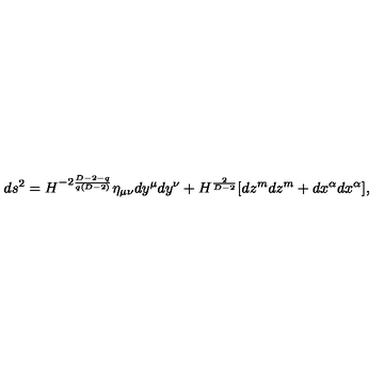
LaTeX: d s ^ { 2 } = H ^ { - 2 \frac { D - 2 - q } { q ( D - 2 ) } } \eta _ { \mu \nu } d y ^ { \mu } d y ^ { \nu } + H ^ { \frac { 2 } { D - 2 } } [ d z ^ { m } d z ^ { m } + d x ^ { \alpha } d x ^ { \alpha } ] ,